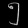
Digit: ၅